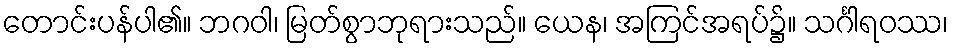
တောင်းပန်ပါ၏။ ဘဂဝါ၊ မြတ်စွာဘုရားသည်။ ယေန၊ အကြင်အရပ်၌။ သင်္ဂါရဝဿ၊